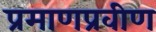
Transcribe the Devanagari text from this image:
प्रमाणप्रवीण